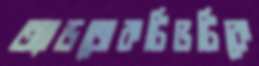
অ্যাডজেকটিভটিকে